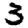
Digit: 3